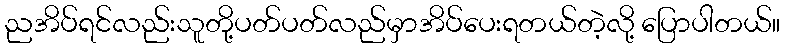
ညအိပ်ရင်လည်းသူတို့ပတ်ပတ်လည်မှာအိပ်ပေးရတယ်တဲ့လို့ ပြောပါတယ်။